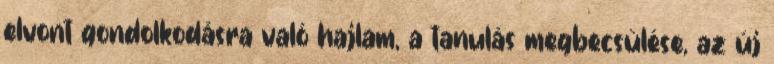
elvont gondolkodásra való hajlam, a tanulás megbecsülése, az új